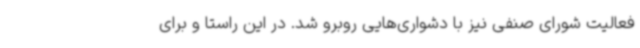
فعالیت شورای صنفی نیز با دشواری‌هایی روبرو شد. در این راستا و برای